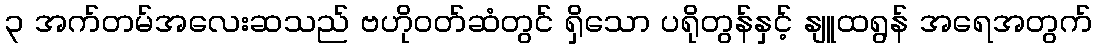
၃ အက်တမ်အလေးဆသည် ဗဟိုဝတ်ဆံတွင် ရှိသော ပရိုတွန်နှင့် နျူထရွန် အရေအတွက်